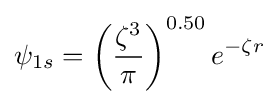
\mathbf {\psi } _{1s}=\left({\frac {\zeta ^{3}}{\pi }}\right)^{0.50}e^{-\zeta r}